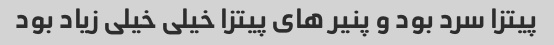
پیتزا سرد بود و پنیر های پیتزا خیلی خیلی زیاد بود